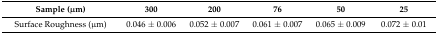
| Sample (μm) | 300 | 200 | 76 | 50 | 25 |
 | --- | --- | --- | --- | --- | --- |
 | Surface Roughness (μm) | 0.046 ± 0.006 | 0.052 ± 0.007 | 0.061 ± 0.007 | 0.065 ± 0.009 | 0.072 ± 0.01 |